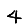
Digit: 4